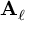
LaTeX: \mathbf { A } _ { \ell }